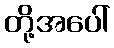
တို့အပေါ်